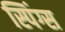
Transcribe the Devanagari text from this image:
स्पिंग्स